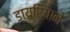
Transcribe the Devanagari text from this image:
डायरियाने